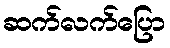
ဆက်လက်ပြော